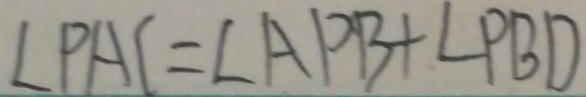
\angle P A C = \angle A P B + \angle P B D